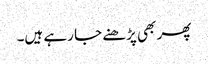
پھر بھی پڑھنے جا رہے ہیں۔